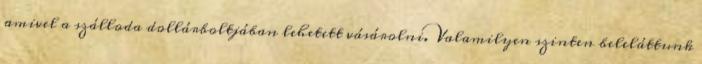
amivel a szálloda dollárboltjában lehetett vásárolni. Valamilyen szinten beleláttunk